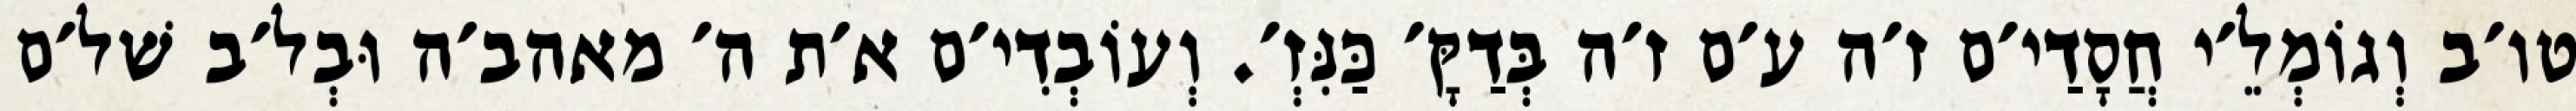
טו׳ב וְגוֹמְלֵ׳י חֲסָדַי׳ם ז׳ה ע׳ם ז׳ה בְּדַקָּ׳ כַּנִּזְ׳. וְעוֹבְדִי׳ם א׳ת ה׳ מאהב׳ה וּבְל׳ב שׁל׳ם